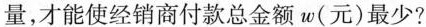
量，才能使经销商付款总金额w(元)最少?